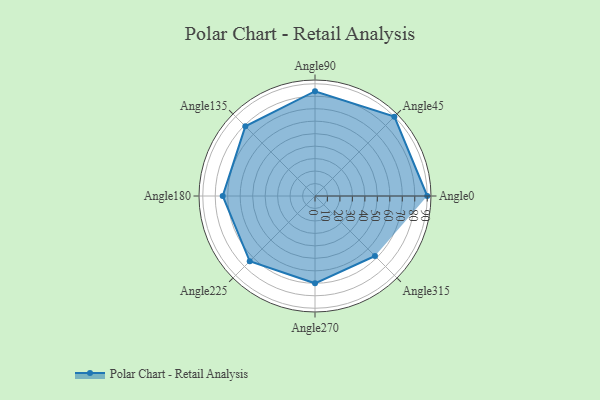
{"axis": {"x": "Angle", "y": "Radius"}, "legend": [""], "data": [{"x": "Angle0", "y": 90.0, "type": ""}, {"x": "Angle45", "y": 90.0, "type": ""}, {"x": "Angle90", "y": 84.0, "type": ""}, {"x": "Angle135", "y": 79.0, "type": ""}, {"x": "Angle180", "y": 74.0, "type": ""}, {"x": "Angle225", "y": 74.0, "type": ""}, {"x": "Angle270", "y": 70.0, "type": ""}, {"x": "Angle315", "y": 68.0, "type": ""}]}